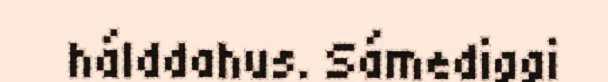
hálddahus. Sámediggi